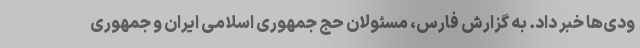
ودی‌ها خبر داد. به گزارش فارس، مسئولان حج جمهوری اسلامی ایران و جمهوری